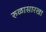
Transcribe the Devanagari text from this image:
रुळासारखा